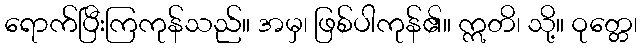
ရောက်ပြီးကြကုန်သည်။ အမှ၊ ဖြစ်ပါကုန်၏။ ဣတိ၊ သို့။ ဝုတ္တေ၊